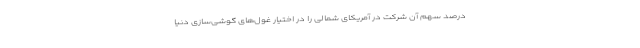
درصد سهم آن شرکت در آمریکای شمالی را در اختیار غول‌های گوشی‌سازی دنیا